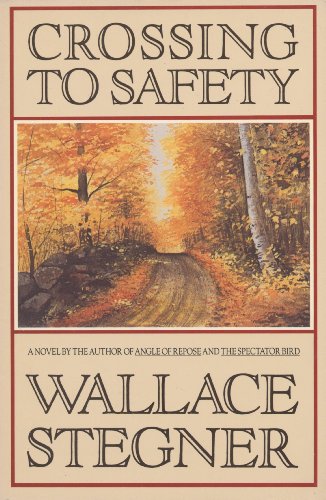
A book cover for Crossing to Safety: A Novel; Wallace Stegner; Christian Books & Bibles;